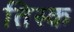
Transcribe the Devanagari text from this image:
तिस्क